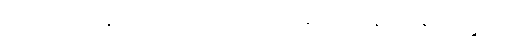
ကျော်စောမှုနှင့်ဆိုင်သောအပိုင်းကို၎င်း။ အဘိနိက္ခမနပရိစ္ဆေဒေါ၊